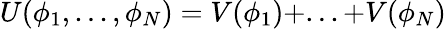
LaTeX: U(\phi_{1},...,\phi_{N})=V(\phi_{1})+...+V(\phi_{N})